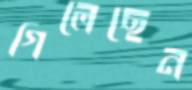
গিলেছেন